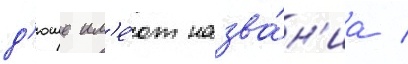
д'юше им'е́ют назва́н'иа /